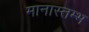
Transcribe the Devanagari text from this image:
मानास्तम्भ